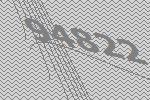
94822